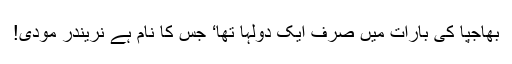
بھاجپا کی بارات میں صرف ایک دولہا تھا‘ جس کا نام ہے نریندر مودی!